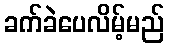
ခက်ခဲပေလိမ့်မည်